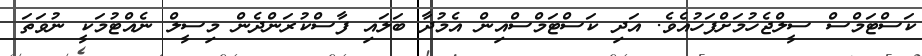
ކަސްޓަމްސް ސީލްޖެހުމަށްފަހުއެވެ. އަދި ކަސްޓަމްސްއިން އެމުދާ ބަލައި ފާސްކުރަންދެން މިސީލް ނެއްޓުމަކީ ނުވަތަ